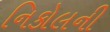
નિકોલની